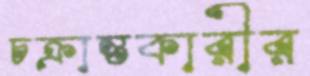
চক্রান্তকারীর